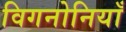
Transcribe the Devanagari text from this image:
विगनोनियाँ